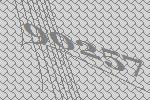
90257